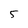
Character: 5